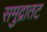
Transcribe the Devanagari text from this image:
समुद्रातट